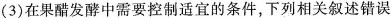
(3)在果醋发酵中需要控制适宜的条件，下列相关叙述错误